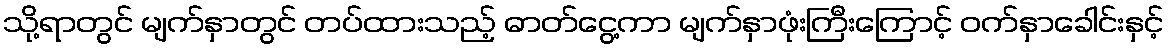
သို့ရာတွင် မျက်နှာတွင် တပ်ထားသည့် ဓာတ်ငွေ့ကာ မျက်နှာဖုံးကြီးကြောင့် ဝက်နှာခေါင်းနှင့်